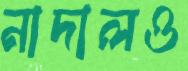
নাদালও